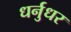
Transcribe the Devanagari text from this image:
धर्नुधर